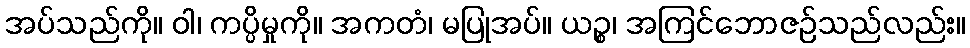
အပ်သည်ကို။ ဝါ၊ ကပ္ပိမှုကို။ အကတံ၊ မပြုအပ်။ ယဉ္စ၊ အကြင်ဘောဇဉ်သည်လည်း။